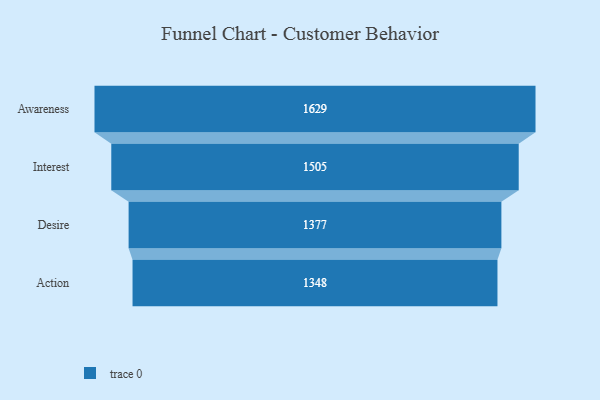
{"axis": {"x": "Stage", "y": "Value"}, "legend": [""], "data": [{"x": "Awareness", "y": 1629.0, "type": ""}, {"x": "Interest", "y": 1505.0, "type": ""}, {"x": "Desire", "y": 1377.0, "type": ""}, {"x": "Action", "y": 1348.0, "type": ""}]}